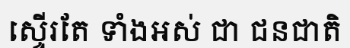
ស្ទើរតែ ទាំងអស់ ជា ជនជាតិ